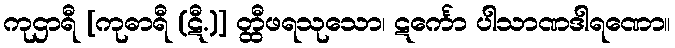
ကုဌာရီ [ကုဓာရီ (ဋီ.)] တ္ထီဖရသုသော၊ ဋင်္ကော ပါသာဏဒါရဏော။